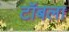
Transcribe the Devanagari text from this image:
टॉबला